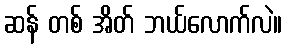
ဆန် တစ် အိတ် ဘယ်လောက်လဲ။